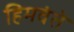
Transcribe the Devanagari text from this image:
हिमवंते